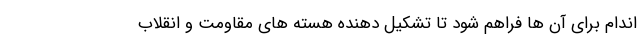
اندام برای آن ها فراهم شود تا تشکیل دهنده هسته های مقاومت و انقلاب